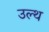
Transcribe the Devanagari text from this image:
उल्थ